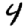
Digit: 4